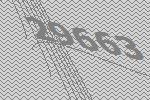
29663